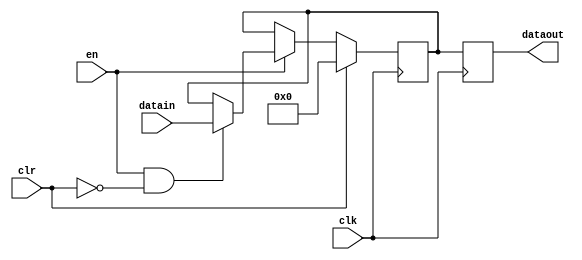
`timescale 1ns / 1ps
//////////////////////////////////////////////////////////////////////////////////
// Company: 
// Engineer: 
// 
// Design Name: 
// Module Name: reg
// Project Name: 
// Target Devices: 
// Tool Versions: 
// Description: 
// 
// Dependencies: 
// 
// Revision:
// Revision 0.01 - File Created
// Additional Comments:
// 
//////////////////////////////////////////////////////////////////////////////////


module register(
    input [31:0] datain,
    input en,
    input clk,
    input clr,
    output reg [31:0] dataout
    );
    reg [31:0] temp;
    initial begin
        temp <= 0;
    end
//    assign dataout = temp;
    always @(posedge clk) begin
        dataout = temp;
        if(clr ==  1) temp = 0;
        else if(en == 0) temp = temp;
        else if(en==1&&clr==0) temp = datain;
    end
endmodule